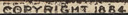
COPYRIGHT 1884